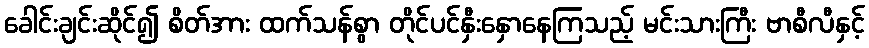
ခေါင်းချင်းဆိုင်၍ စိတ်အား ထက်သန်စွာ တိုင်ပင်နှီးနှောနေကြသည့် မင်းသားကြီး ဗာစီလီနှင့်